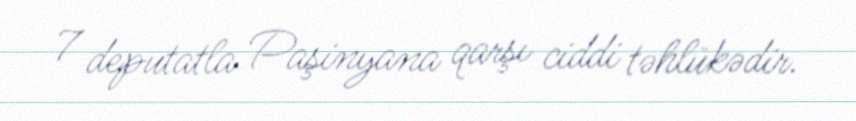
7 deputatla Paşinyana qarşı ciddi təhlükədir.